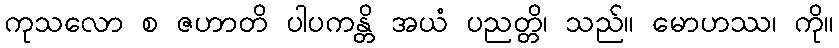
ကုသလော စ ဇဟာတိ ပါပကန္တိ အယံ ပညတ္တိ၊ သည်။ မောဟဿ၊ ကို။